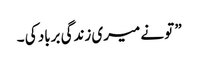
” تو نے میری زندگی برباد کی ۔